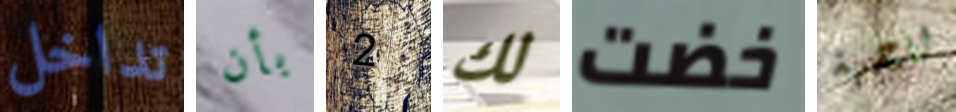
تداخل بأن 2 لك خضت للجهة